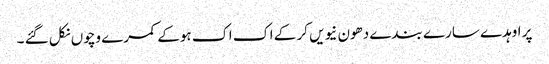
پر اوہدے سارے بندے دھون نیویں کر کے اک اک ہوکے کمرے وچوں نکل گئے ۔